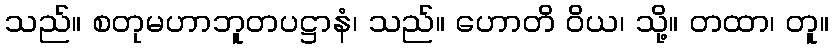
သည်။ စတုမဟာဘူတပဋ္ဌာနံ၊ သည်။ ဟောတိ ဝိယ၊ သို့။ တထာ၊ တူ။